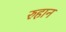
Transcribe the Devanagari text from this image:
रुहान